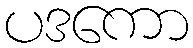
ပဒကော